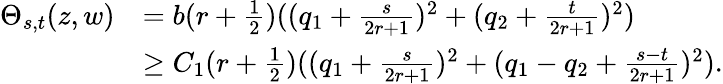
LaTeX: \begin{array}{rl}{\Theta_{s,t}(z,w)}&{=b(r+\frac{1}{2})((q_{1}+\frac{s}{2r+1})^{2}+(q_{2}+\frac{t}{2r+1})^{2})}\\ &{\geq C_{1}(r+\frac{1}{2})((q_{1}+\frac{s}{2r+1})^{2}+(q_{1}-q_{2}+\frac{s-t}{2r+1})^{2}).}\end{array}